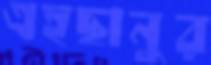
এহছানুর